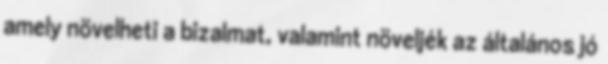
amely növelheti a bizalmat, valamint növeljék az általános jó